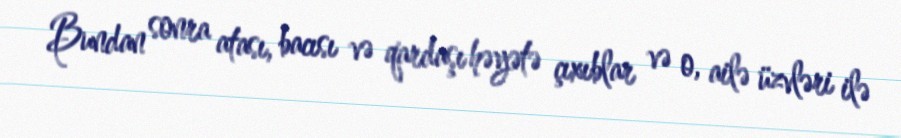
Bundan sonra atası, bacısı və qardaşı həyətə çıxıblar və o, ailə üzvləri ilə